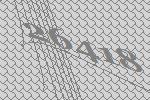
26418